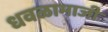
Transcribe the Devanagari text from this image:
धवळामाजी